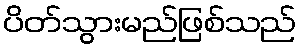
ပိတ်သွားမည်ဖြစ်သည်